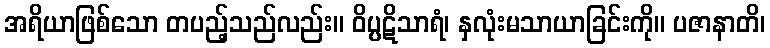
အရိယာဖြစ်သော တပည့်သည်လည်း။ ဝိပ္ပဋိသာရံ၊ နှလုံးမသာယာခြင်းကို။ ပဇာနာတိ၊